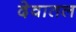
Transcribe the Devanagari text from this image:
देवातल